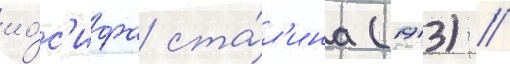
ио́с'ифа ста́л'ина (1913) //